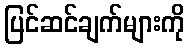
ပြင်ဆင်ချက်များကို